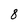
Character: 8